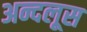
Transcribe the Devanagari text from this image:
अन्दलूस